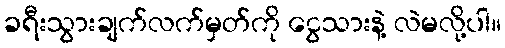
ခရီးသွားချက်လက်မှတ်ကို ငွေသားနဲ့ လဲမလို့ပါ။